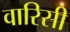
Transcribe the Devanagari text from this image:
वारिसी